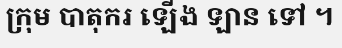
ក្រុម បាតុករ ឡើង ឡាន ទៅ ។